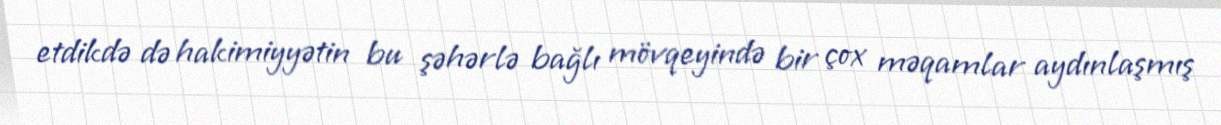
etdikdə də hakimiyyətin bu şəhərlə bağlı mövqeyində bir çox məqamlar aydınlaşmış